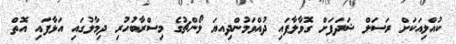
ކުއްލިއަކަށް ރަސަލް ޝަދަފަށް ގޮވާލާފައި ދުއްވަމުންދިއޔަ ލޯންޗުގެ މިސްރާބުހުރި ދިމާލުގައި އަޅާފައި އޮތް